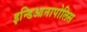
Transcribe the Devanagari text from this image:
इन्डिआनापोलिस